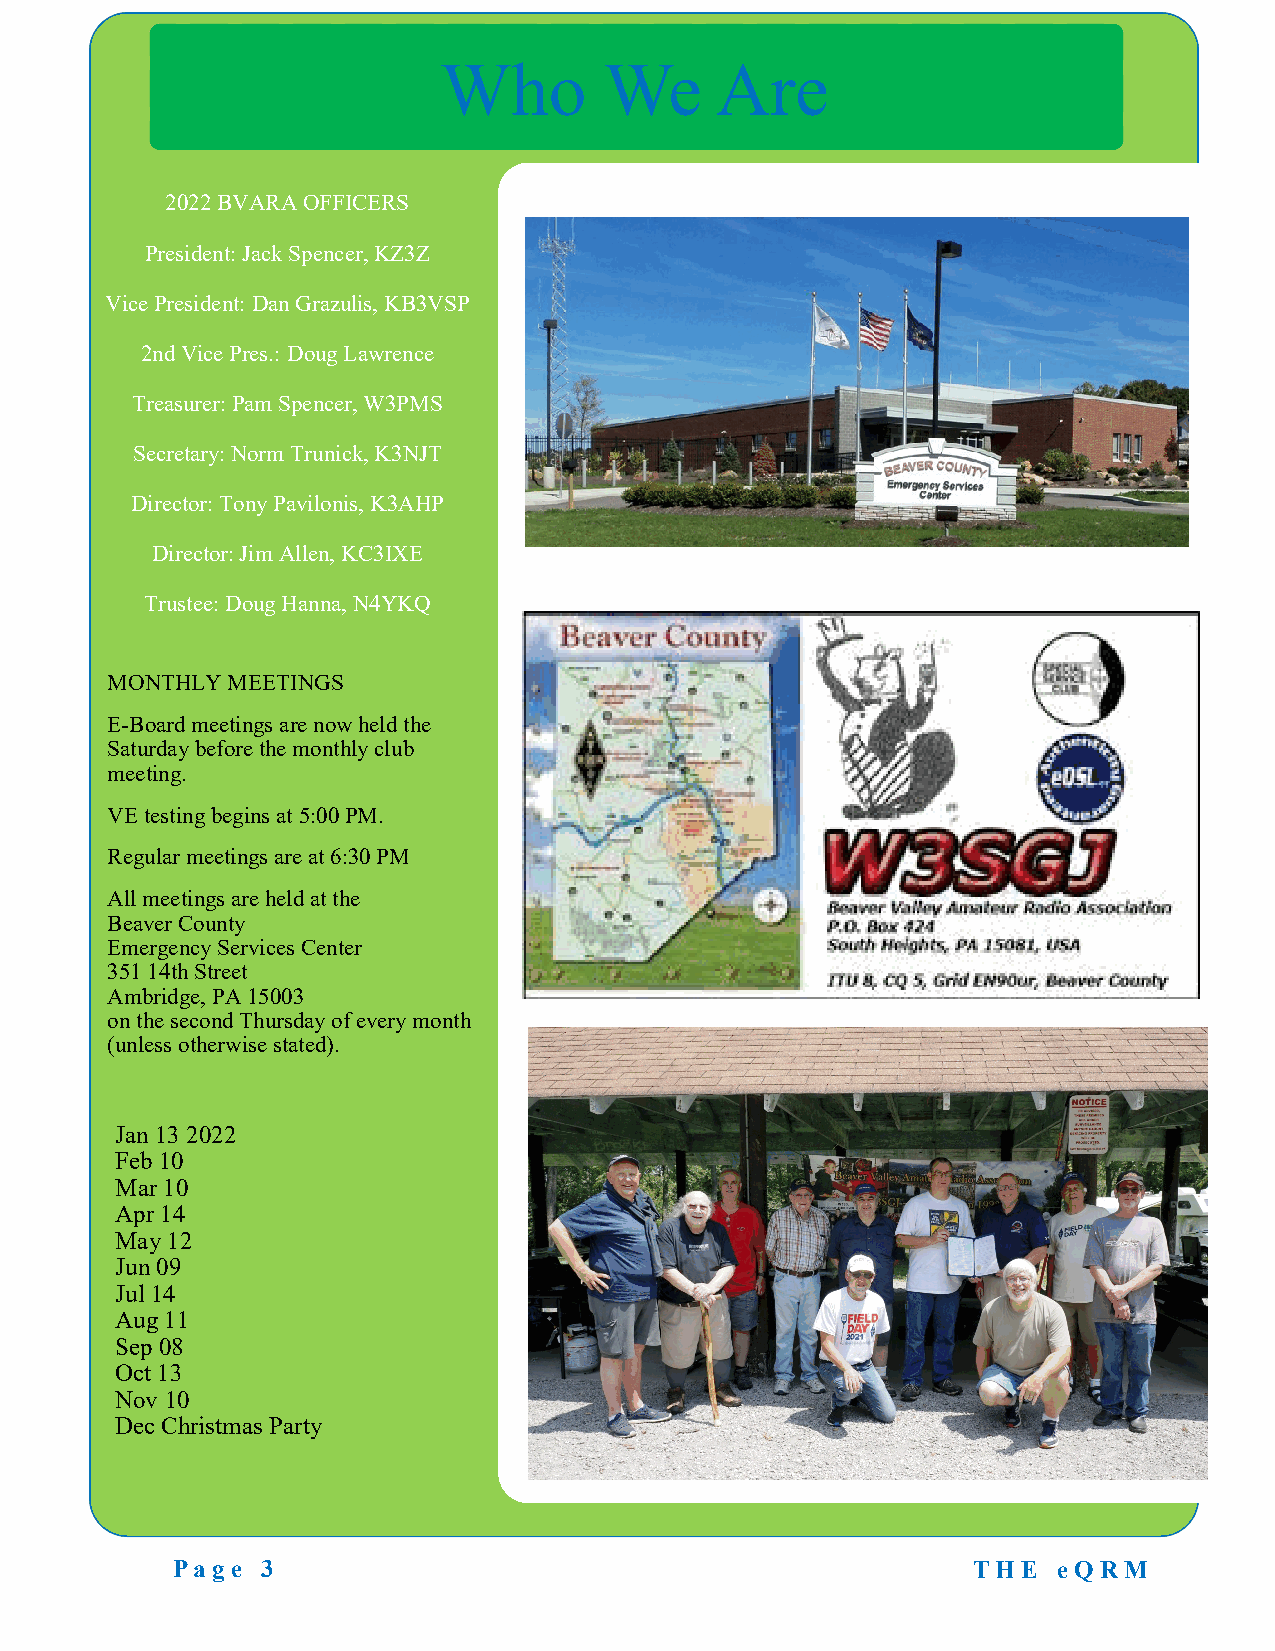
Who        We     Are
 2022 BVARA OFFICERS
 President: Jack Spencer, KZ3Z
 Vice President: Dan Grazulis, KB3VSP
 2nd Vice Pres.: Doug Lawrence
 Treasurer: Pam Spencer, W3PMS
 Secretary: Norm Trunick, K3NJT
 Director: Tony Pavilonis, K3AHP
 Director: Jim Allen, KC3IXE
 Trustee: Doug Hanna, N4YKQ
 MONTHLY MEETINGS
 E-Board meetings are now held the
 Saturday before the monthly club
 meeting.
 VE testing begins at 5:00 PM.
 Regular meetings are at 6:30 PM
 All meetings are held at the
 Beaver County
 Emergency Services Center
 351 14th Street
 Ambridge, PA 15003
 on the second Thursday of every month
 (unless otherwise stated).
 Jan 13 2022
 Feb 10
 Mar 10
 Apr 14
 May 12
 Jun 09
 Jul 14
 Aug 11
 Sep 08
 Oct 13
 Nov 10
 Dec Christmas Party
 Page  3                                              T H E eQ RM